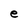
Character: e